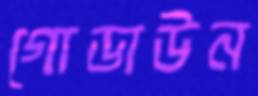
গোডাউন